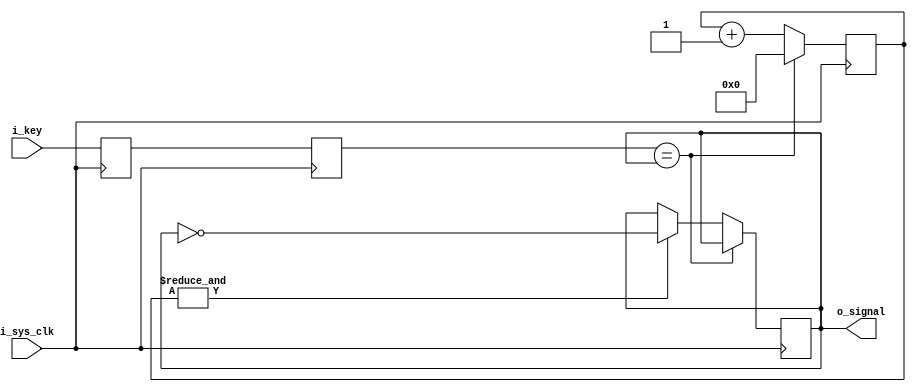
module chatter_button
(
        input       i_sys_clk,
        input       i_key,
        output wire o_signal
);

/* Button */
reg PB_sync_0     = 1'b0;
reg PB_sync_1     = 1'b0;
reg PB_state      = 1'b0;
reg [21:0] PB_cnt = 22'd0;
wire PB_cnt_max   = &PB_cnt;

assign o_signal = PB_state;

always @(posedge i_sys_clk) PB_sync_0 <= i_key;
always @(posedge i_sys_clk) PB_sync_1 <= PB_sync_0;

always @(posedge i_sys_clk)
begin
        if (PB_sync_1 == PB_state)
                PB_cnt <= 0;
        else
        begin
                PB_cnt <= PB_cnt + 22'd1;
                if (PB_cnt_max)
                        PB_state <= ~PB_state;
        end
end

endmodule